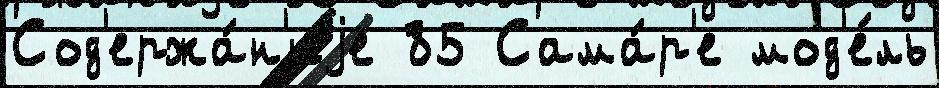
Сод'ержа́н'иjе 85 Сама́р'е мод'е́ль